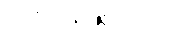
တစ်မျိုးဖြစ်သည်